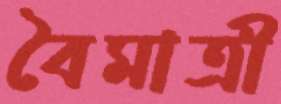
বৈমাত্রী